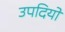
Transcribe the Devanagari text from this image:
उपदियों